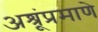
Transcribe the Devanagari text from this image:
अश्रूंप्रमाणे